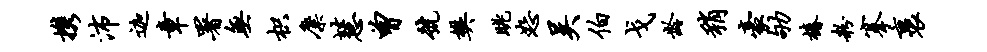
携沛迦章署无枳麋慧曾号樊眺恕吴伯戈龄稍豪劬椿粉搴裹